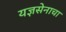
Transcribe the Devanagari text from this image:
यज्ञसेनाचा